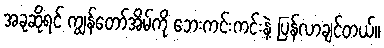
အခုဆိုရင် ကျွန်တော်အိမ်ကို ဘေးကင်းကင်းနဲ့ ပြန်လာချင်တယ်။